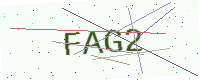
Text: FAG2